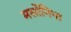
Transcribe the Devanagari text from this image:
मर्सोनिना